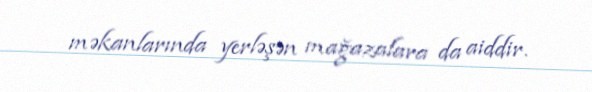
məkanlarında yerləşən mağazalara da aiddir.